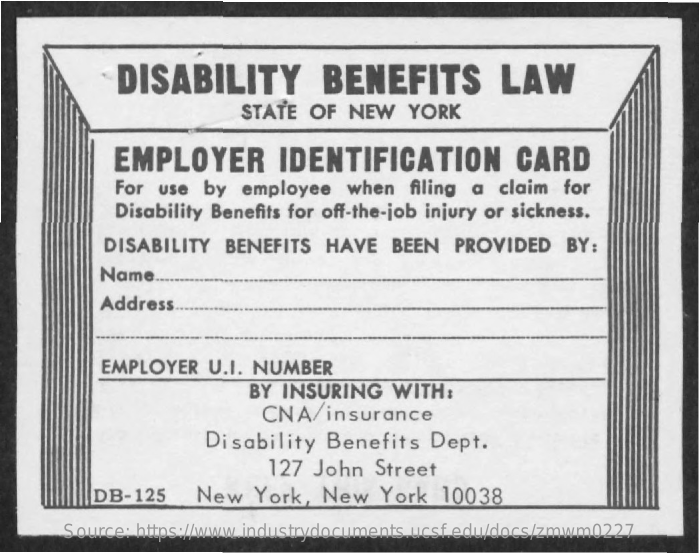
DISABILITY    BENEFITS    LAW
     STATE  OF  NEW   YORK
     EMPLOYER    IDENTIFICATION    CARD
     For use  by  employee   when  filing a  claim for
     Disability Benefits for off-the-job injury or sickness.
     DISABILITY  BENEFITS   HAVE  BEEN   PROVIDED   BY:
     Name
     Address
     EMPLOYER  U.I. NUMBER
     BY INSURING    WITH:
     CNA/insurance
     Disability   Benefits   Dept.
     127 John   Street
     DB-125    New   York, New    York  10038
     Source: https://www.industrydocuments.ucsf.edu/docs/zmwm0227